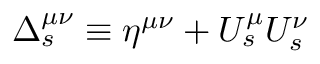
\Delta _ { s } ^ { \mu \nu } \equiv \eta ^ { \mu \nu } + U _ { s } ^ { \mu } U _ { s } ^ { \nu }